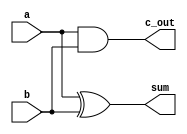
`timescale 1ns / 1ps
//////////////////////////////////////////////////////////////////////////////////
// Company: 
// Engineer: 
// 
// Design Name: 
// Module Name: halfadder
// Project Name: 
// Target Devices: 
// Tool Versions: 
// Description: 
// 
// Dependencies: 
// 
// Revision:
// Revision 0.01 - File Created
// Additional Comments:
// 
//////////////////////////////////////////////////////////////////////////////////


module halfadder(
    output sum,
    output c_out,
    input a,
    input b
    );
    xor G1(sum,a,b);
    and G2(c_out,a,b);
      
endmodule